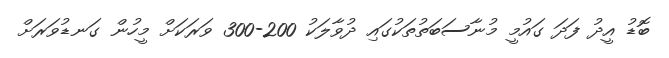
ބޮޑު އީދު ފަދަ ގައުމީ މުނާސަބަތުތަކުގައި ދުވާލަކު 200-300 ވަރަަކަށް މީހުން ގަނޑުވަރަށް